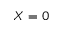
X = 0